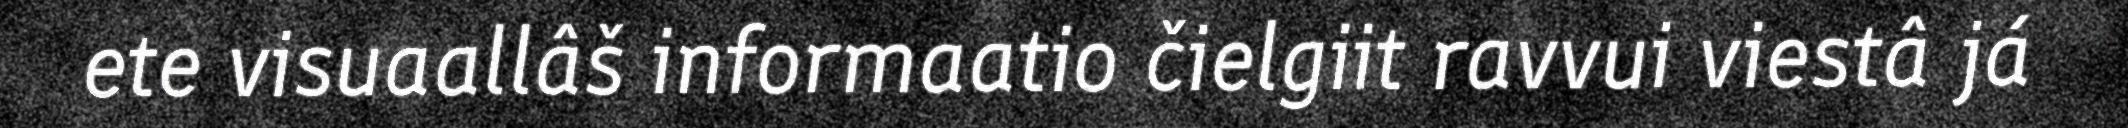
ete visuaallâš informaatio čielgiit ravvui viestâ já